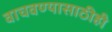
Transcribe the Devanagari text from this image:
वाचवण्यासाठीही